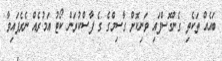
ބައެއް ތަކެތި ގެންގޮސްފައި ވަނިކޮށް ގާސިމްގެ ގެ ފާސްކުރަން ކޯޓު އަމުރެއް ނެރެފައިވާ